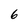
Character: 6